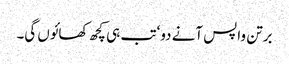
برتن واپس آنے دو‘ تب ہی کچھ کھائوں گی۔